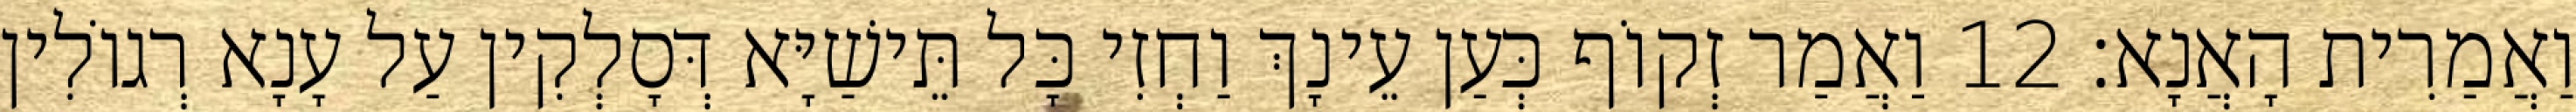
וַאֲמַרִית הָאֲנָא׃ 12 וַאֲמַר זְקוֹף כְּעַן עֵינָךְ וַחְזִי כָּל תֵּישַׁיָּא דְּסָלְקִין עַל עָנָא רְגוֹלִין